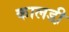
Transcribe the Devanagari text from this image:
कालडी़